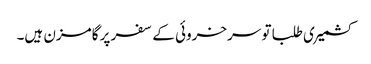
کشمیری طلبا تو سرخروئی کے سفر پر گامزن ہیں۔